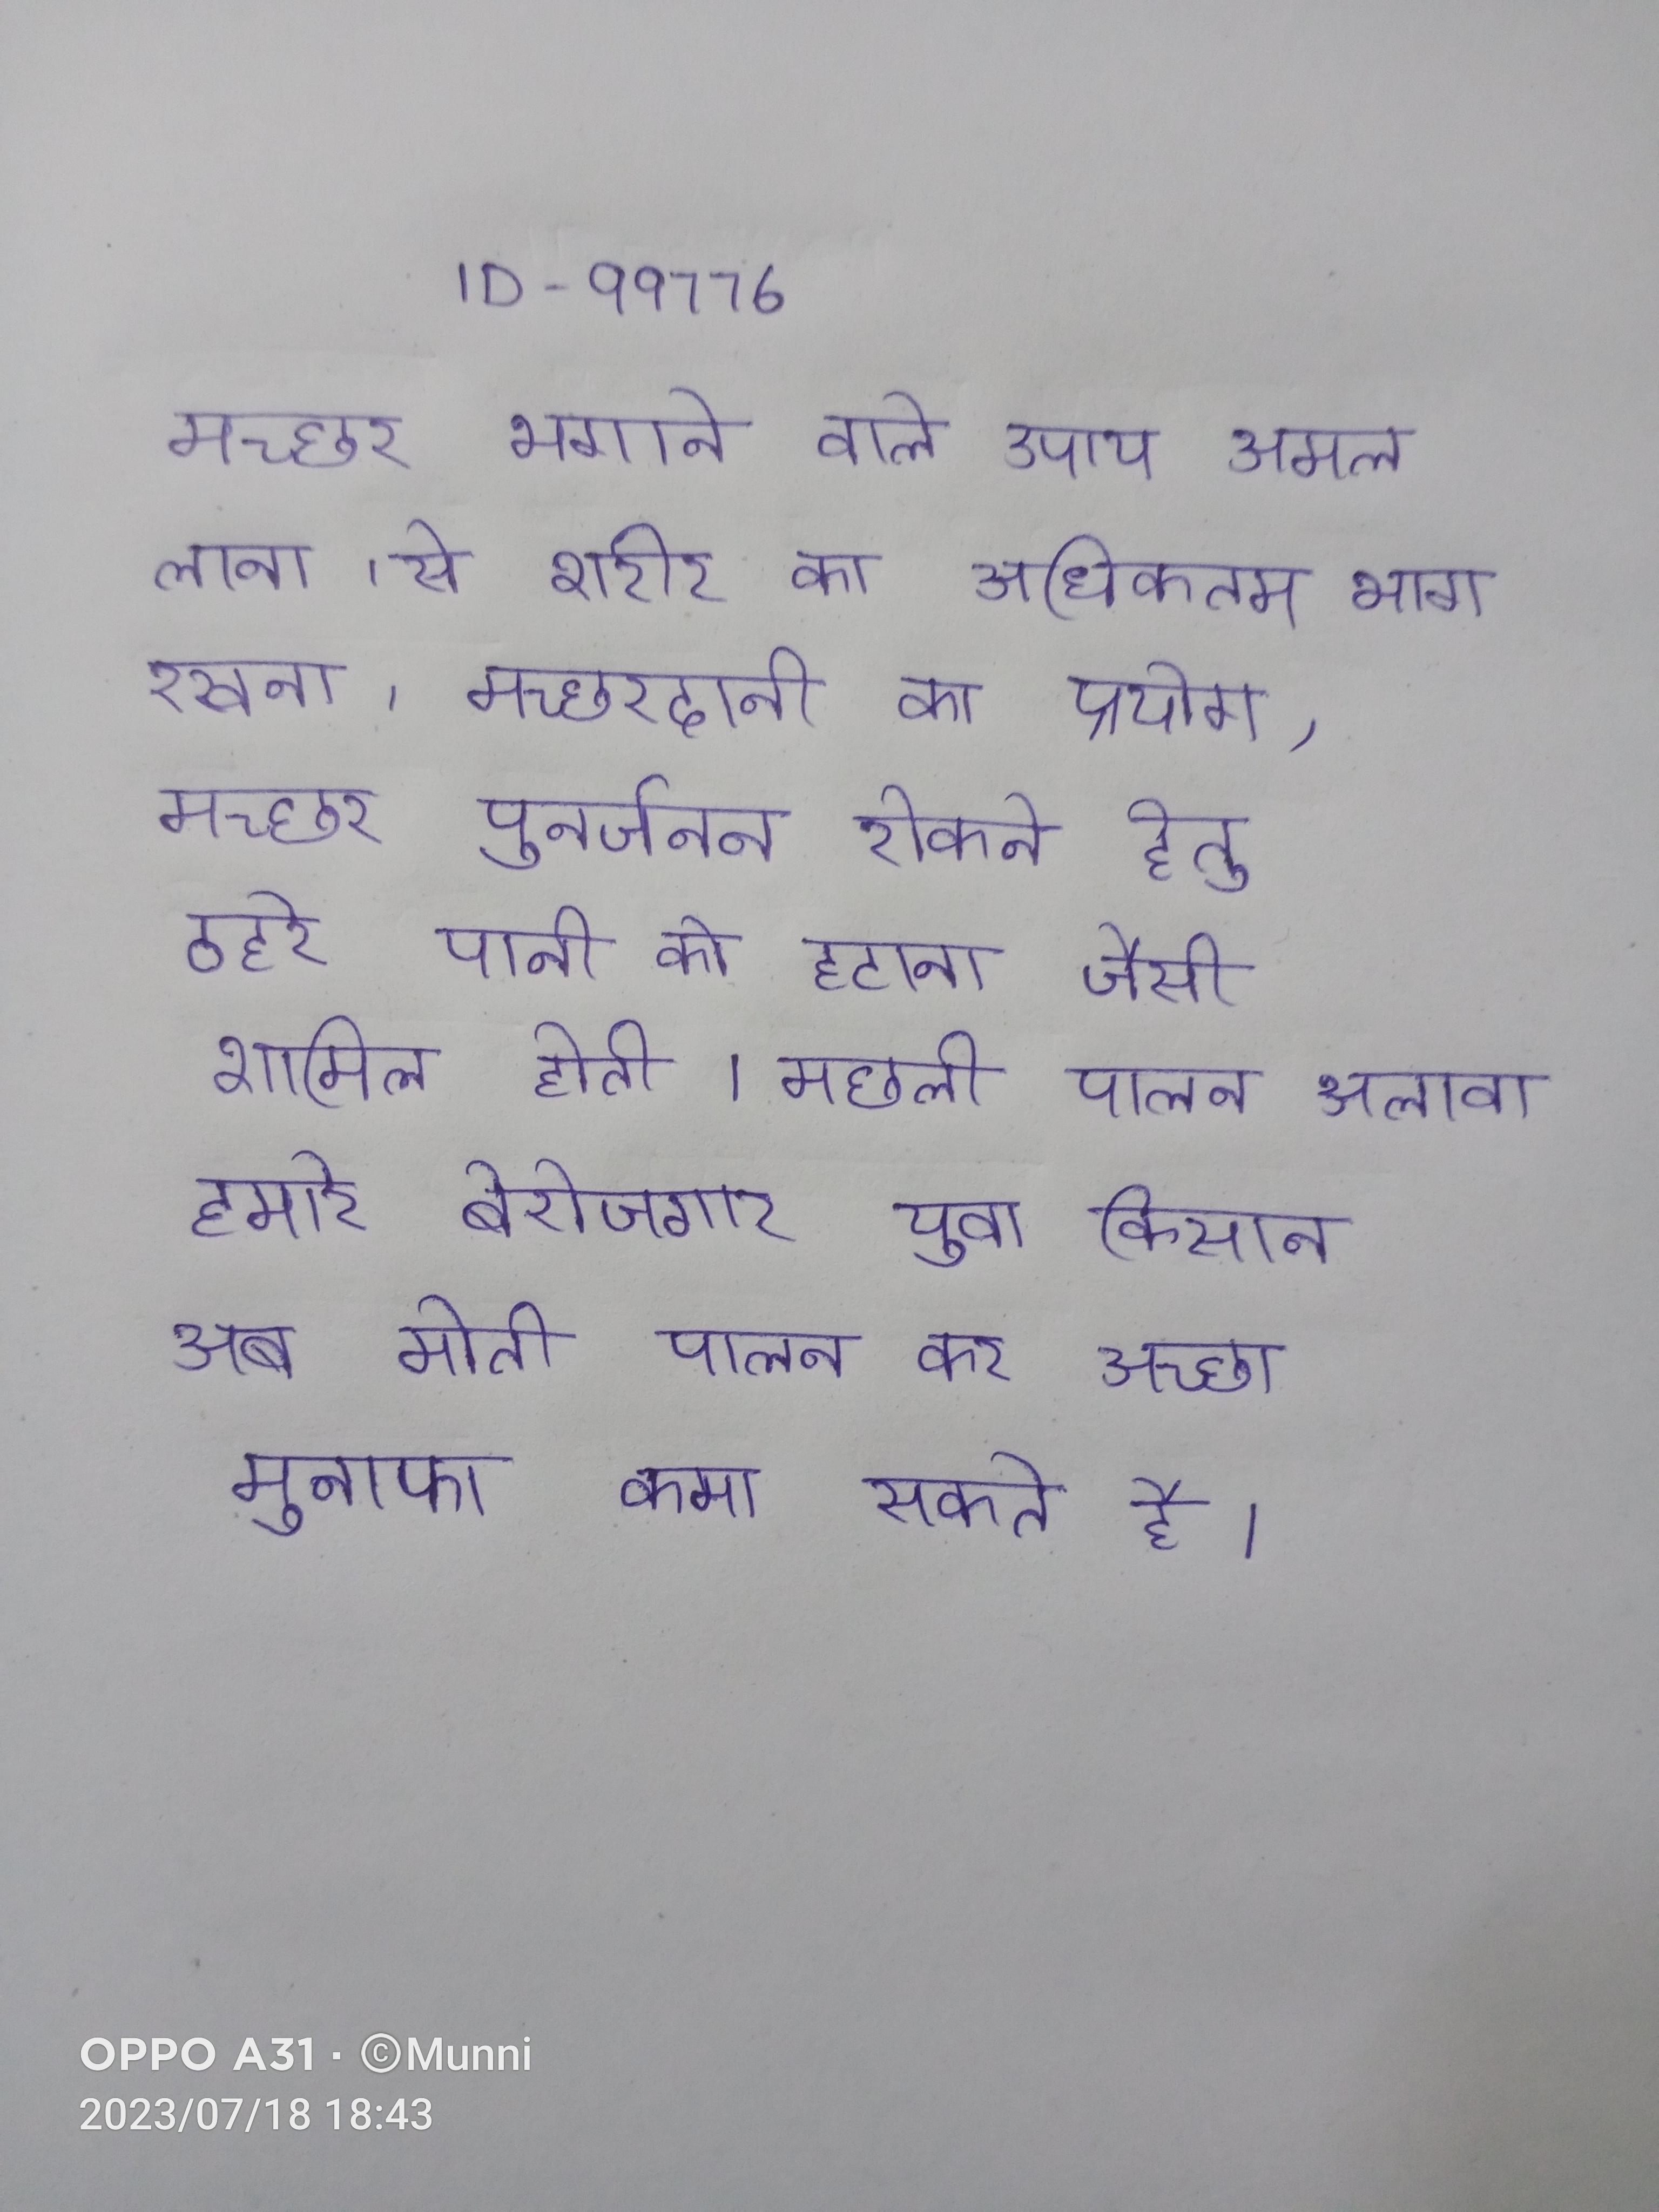
मच्छर भगाने वाले उपाय अमल लाना, से शरीर का अधिकतम भाग रखना, मच्छरदानी का प्रयोग, मच्छर पुनर्जनन रोकने हेतु ठहरे पानी को हटाना जैसी शामिल होती । मछली पालन अलावा हमारे बेरोजगार युवा किसान अब मोती पालन कर अच्छा मुनाफा कमा सकते है ।